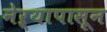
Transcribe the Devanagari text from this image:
नेऱ्यापासून